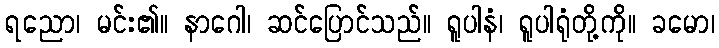
ရညော၊ မင်း၏။ နာဂေါ၊ ဆင်ပြောင်သည်။ ရူပါနံ၊ ရူပါရုံတို့ကို။ ခမော၊